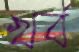
খর্ব